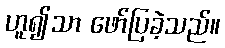
ဟူ၍သာ ဖော်ပြခဲ့သည်။